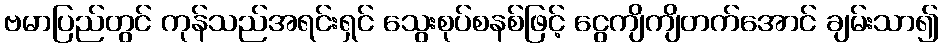
ဗမာပြည်တွင် ကုန်သည်အရင်းရှင် သွေးစုပ်စနစ်ဖြင့် ငွေကျိကျိတက်အောင် ချမ်းသာ၍